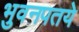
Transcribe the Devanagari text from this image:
भुवनपतये